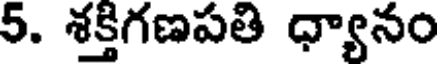
5. శక్తిగణపతి ధ్యానం